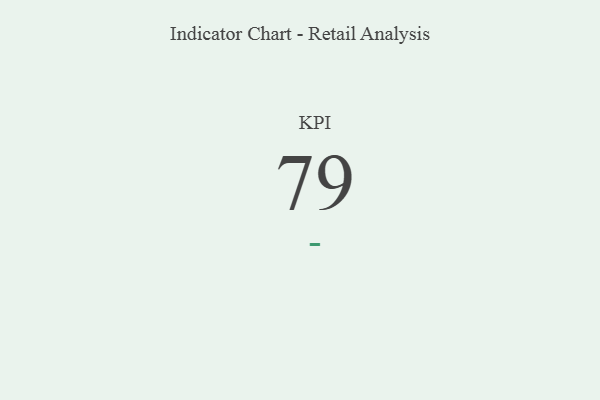
{"axis": {"x": "KPI", "y": "Value"}, "legend": [""], "data": [{"x": "KPI", "y": 79, "type": ""}]}